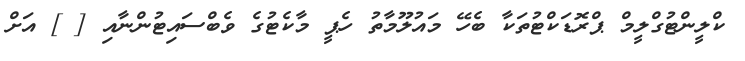
ކްލީންްޓުގްލީމް ޕްރޮޑަކްޓުތަކާ ބެހޭ މައުލޫމާތު ހެޕީ މާކެޓުގެ ވެބްސައިޓުންނާއި [ ] އަށް